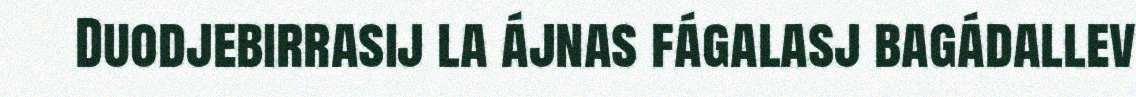
Duodjebirrasij la ájnas fágalasj bagádallev